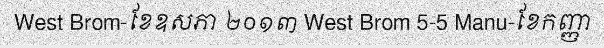
West Brom-ខែឧសភា ២០១៣ West Brom 5-5 Manu-ខែកញ្ញា